Vital statistics of India. Vol. IV, Annual returns from 1871 to 1876. British Army of India, Native Army and jails of Bengal
Year: 1871
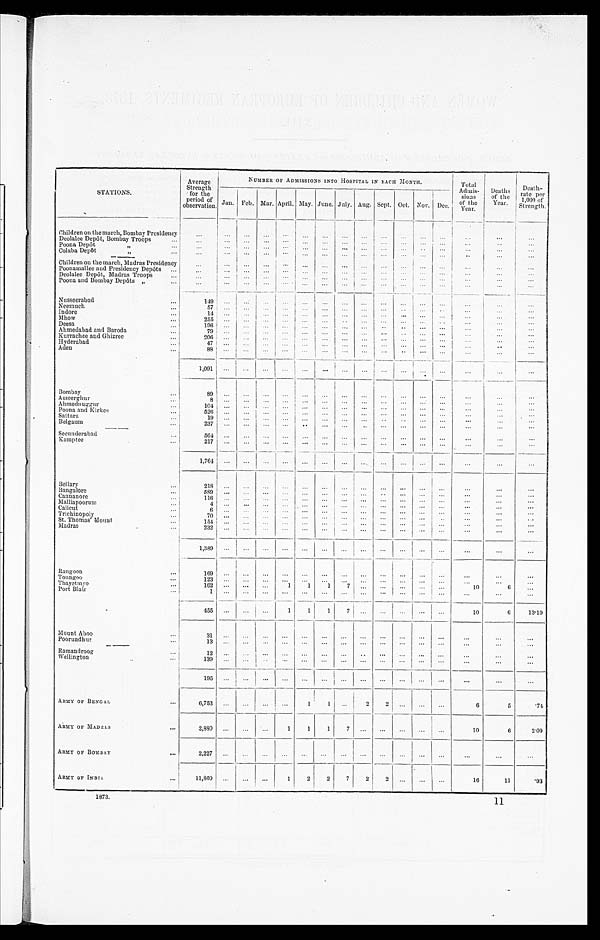
STATIONS.
Average
Strength
for the
period of
observation.
NUMBER OF ADMISSIONS INTO HOSPITAL IN EACHI MONT
H.
Total
Admis-
sions
of the
Year.
Deaths
of the
Year.
Death-
rate per
1,000 of
Strength .
Jan. Feb. Mar. April. May. June. July. Aug. Sept. Oct. Nov. Dec.
Children on the march, Bombay Presidency
. . .
. . .
. . .
. . .
. . .
. . .
. . .
. . .
. . .
. . .
. . .
. . .
. . .
. . .
. . .
. . .
Deolalee Depôt, Bombay Troops ...
. . .
. . .
. . .
. . .
. . .
. . .
. . .
. . .
. . .
. . .
. . .
. . .
. . .
. . .
. . .
. . .
Poona Depôt " ...
. . .
. . .
. . .
. . . ...
. . .
. . .
. . .
. . .
. . .
. . .
. . .
. . .
. . .
. . .
. . .
Colaba Depôt " ...
. . .
. . .
. . .
. . .
. . .
. . .
. . .
. . .
. . .
. . .
. . .
. . .
. . .
. . .
. . .
. . .
Children on the march, Madras Presidency
. . .
. . .
. . .
. . .
. . .
. . .
. . .
. . .
. . .
. . .
. . .
. . .
. . .
. . .
. . .
. . .
Poonamallee and Presidency Depôts ...
. . .
. . .
. . .
. . . ...
. . .
. . .
. . .
. . .
. . .
. . .
. . .
. . .
. . .
. . .
. . .
Deolalee Depôt, Madras Troops ...
. . .
. . .
. . .
. . .
. . .
. . .
. . .
. . .
. . .
. . .
. . .
. . .
. . .
. . .
. . .
. . .
Poona and Bombay Depôts " ...
. . .
. . .
. . .
. . .
...
. . .
. . .
. . .
. . .
. . .
. . .
. . .
. . .
. . .
. . .
. . .
Nusseerabad ...
149
. . .
. . .
. . .
. . .
. . .
. . .
. . .
. . .
. . .
. . .
. . .
. . .
. . .
. . .
. . .
Neemuch ...
5 7
. . .
. . . ... ...
. . . . . .
. . .
. . .
. . .
. . .
. . .
. . .
. . .
. . .
. . .
Indore ...
1 4
. . .
. . . ... ...
. . . . . .
. . .
. . .
. . .
. . .
. . .
. . .
...
. . .
. . .
Mhow ...
2 5 5
. . .
. . . ... ...
. . .
. . .
. . .
. . .
. . .
. . .
. . .
. . .
...
. . .
. . .
Deesa ...
1 9 6
. . .
. . . ... ...
. . .
. . .
. . .
. . .
. . .
. . .
. . .
. . .
. . .
. . .
. . .
Ahmedabad.and Baroda ...
7 9
. . .
. . . ... ...
. . .
. . .
. . .
. . .
. . .
. . .
. . .
. . .
. . .
. . .
. . .
Kurrachee and Ghizree ...
206
. . .
. . .
...
. . .
. . .
. . .
. . .
. . .
. . .
. . .
. . .
. . .
. . .
. . .
. . .
Hyderabad ...
47
. . .
. . .
. . .
. . .
. . .
. . .
. . .
. . .
. . .
. . .
. . .
. . .
...
. . .
. . .
Aden
...
88
. . .
. . . ...
. . .
. . .
. . .
. . .
...
. . .
. . .
. . .
. . .
. . .
. . .
1 , 0 9 1
. . .
. . .
. . .
...
. . .
. . .
. . .
...
. . .
...
. . .
. . .
. . .
. . .
. . .
Bombay ...
8 9
. . .
. . .
. . .
. . .
. . .
. . .
. . .
. . .
. . .
. . .
. . .
. . .
. . .
. . .
. . .
Asseerghur
8
. . .
. . .
. . .
. . .
. . .
. . .
. . .
. . .
. . .
. . .
. . .
. . .
. . .
. . .
. . .
Ahmednuggur
104
. . .
. . .
. . .
. . .
. . .
. . .
. . .
. . .
. . .
. . .
. . .
. . .
. . .
. . .
. . .
Poona and Kirkee ...
526
. . .
. . .
. . .
. . .
. . .
. . .
. . .
. . .
. . .
. . .
. . .
. . .
. . .
. . .
. . .
Sattara ...
19
. . .
. . .
. . .
. . .
. . .
. . .
. . .
. . .
. . .
. . .
. . .
. . .
. . .
. . .
. . .
Belgaum ...
237
. . .
. . .
. . .
. . .
. . .
. . .
. . .
. . .
. . .
. . .
. . .
. . .
. . .
. . .
. . .
Secunderabad ...
564
. . .
. . .
. . .
. . .
. . .
. . .
. . .
. . .
. . .
. . .
. . .
. . .
. . .
. . .
. . .
Kamptee ...
217
. . .
. . .
. . .
. . .
. . .
. . .
. . .
. . .
. . .
. . .
. . .
. . .
. . .
. . .
. . .
. . .
. . .
. . .
. . .
. . .
. . .
. . .
. . .
. . .
. . .
. . .
. . .
. . .
. . .
1,764
. . .
Bellary ...
218
. . .
. . .
. . .
. . .
. . .
. . .
. . .
. . .
...
. . .
. . .
. . .
. . .
. . .
. . .
Bangalore ...
589
. . .
. . .
. . .
. . .
...
. . .
. . .
. . .
. . .
. . .
. . .
. . .
. . .
. . .
. . .
Cannanore ...
1 1 6
. . .
. . .
. . .
. . .
... ...
. . .
. . .
. . .
. . .
. . .
. . .
. . .
. . .
. . .
Malliapoorum ...
4
. . .
. . .
. . .
. . .
. . .
. . .
. . .
. . .
. . .
. . .
. . .
. . .
. . .
. . .
. . .
Calicut ...
6
. . .
. . .
. . .
. . .
. . .
. . .
. . .
. . .
. . .
. . .
. . .
. . .
. . .
. . .
. . .
Trichinopoly ...
70
. . .
. . .
. . .
. . .
. . . ...
. . .
. . .
. . .
. . .
. . .
. . .
. . .
. . .
. . .
St. Thomas' Mount ...
154
. . .
. . .
. . .
. . .
...
. . .
. . .
. . .
. . .
. . .
. . .
. . .
. . .
. . .
. . .
Madras ...
2 3 2
. . .
. . .
. . .
. . .
... ...
. . .
. . .
. . .
. . .
. . .
. . .
. . .
. . .
. . .
1,389
. . .
. . .
. . .
. . .
...
...
. . .
. . .
. . .
...
. . .
. . .
. . .
. . .
. . .
Rangoon ...
169
. . .
. . .
. . .
. . .
. . .
. . .
. . .
. . .
...
. . .
. . .
. . .
. . .
. . .
. . .
T o u n g o o . . .
123
. . .
. . .
. . .
. . .
... ...
. . .
. . .
. . .
. . .
. . .
. . .
. . .
. . .
. . .
7
10
6
1
1
Thayetmyo ...
162
. . .
. . .
. . .
1
. . .
...
. . .
. . .
. . .
. . .
Port Blair ...
1
. . .
. . .
. . .
. . .
. . . ...
. . .
. . .
. . .
. . .
. . .
. . .
. . .
. . .
. . .
455
. . .
. . .
. . .
1
1
1
7
. . .
. . .
. . .
. . .
. . .
10
6
13.19
. . .
. . .
. . .
. . .
. . .
. . .
. . .
. . .
. . .
. . .
Mount Aboo ...
31
. . .
. . .
. . .
. . .
. . .
Poorundhur ...
1 3
. . .
. . .
. . .
. . .
. . .
. . .
. . .
. . .
. . .
. . .
. . .
. . .
. . .
. . .
. . .
Ramandroog ...
12
. . .
. . .
. . .
. . .
. . .
. . .
. . .
. . .
. . .
. . .
. . .
. . .
. . .
. . .
. . .
Wellington ...
1 3 9
. . .
. . .
. . .
. . .
. . .
. . .
. . .
. . .
. . .
. . .
. . .
. . .
. . .
. . .
...
. . .
. . .
. . .
. . .
. . .
. . .
. . .
. . .
. . .
. . .
. . . ...
195
. . .
. . .
. . .
. . .
1
1
. . .
2
2
. . .
. . .
. . .
6
5
.74
ARMY OF BENGAL ...
6,753
. . .
. . .
. . .
ARMY OF MADRAS ...
2,880
. . .
. . .
. . .
1
1
1
7
. . .
. . .
...
. . .
. . .
10
6
2.09
. . .
. . .
. . .
. . .
. . .
...
. . .
. . .
. . .
. . .
. . .
ARMY OF BOMBAY ...
2,227
. . .
. . .
. . .
. . .
2
2
7
2
2 ...
. . .
. . .
16
11
.93
ARMY OF INDIA ...
11,860
. . .
. . .
. . .
1
1873.
11